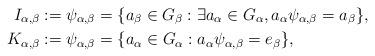
LaTeX: \begin{align*} I_{\alpha,\beta} & := \psi_{\alpha,\beta} = \{a_{\beta}\in G_{\beta}:\exists a_{\alpha}\in G_{\alpha}, a_{\alpha}\psi_{\alpha,\beta}=a_{\beta}\}, \\ K_{\alpha,\beta} & := \psi_{\alpha,\beta} = \{a_{\alpha}\in G_{\alpha}:a_{\alpha}\psi_{\alpha,\beta}=e_{\beta}\},\end{align*}